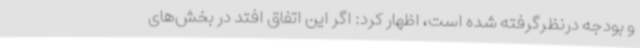
و بودجه درنظرگرفته شده است، اظهار کرد: اگر این اتفاق افتد در بخش‌های